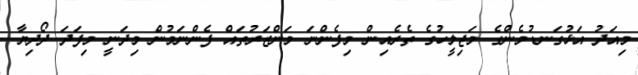
މިއަދު އަޅުގަނޑުމެންގެ މަޖިލީހުގެ ތެރެއިން މިފެންނަ މަންޒަރުތައް ފެންނަމުން މިދަނީ މިފަދަ ދޯދިޔާ